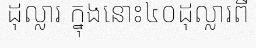
ដុល្លារ ក្នុងនោះ៤០ដុល្លារពី